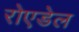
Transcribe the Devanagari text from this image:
रोएडेल